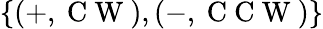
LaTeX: \{ (+,\mathrm{~C~W~}),(-,\mathrm{~C~C~W~})\}